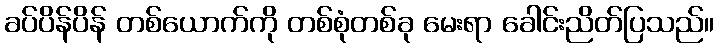
ခပ်ပိန်ပိန် တစ်ယောက်ကို တစ်စုံတစ်ခု မေးရာ ခေါင်းညိတ်ပြသည်။